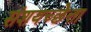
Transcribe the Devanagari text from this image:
संशयच्छेत्ता